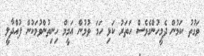
ވަގުތު ކަމުން ދެމީހުންގެވެސް ހަތަރު ކަޅި ހަމަ ވުމުން އަމީމް ހިނިތުންވުމަކުން ފުއްދާލީ